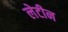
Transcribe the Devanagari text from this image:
लेटीन